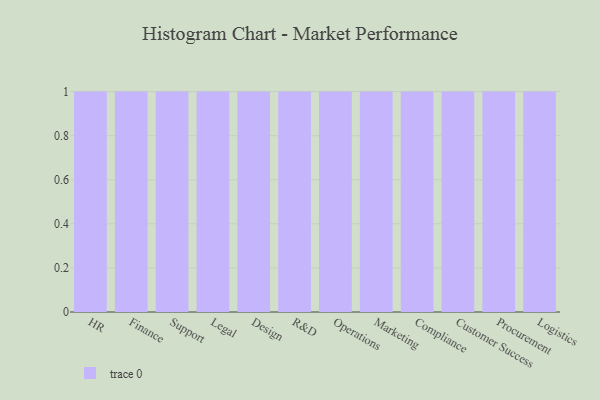
{"axis": {"x": "Department", "y": "Population (Million)"}, "legend": [""], "data": [{"x": "HR", "y": 98, "type": ""}, {"x": "Finance", "y": 48, "type": ""}, {"x": "Support", "y": 7, "type": ""}, {"x": "Legal", "y": 1, "type": ""}, {"x": "Design", "y": 55, "type": ""}, {"x": "R&D", "y": 29, "type": ""}, {"x": "Operations", "y": 51, "type": ""}, {"x": "Marketing", "y": 25, "type": ""}, {"x": "Compliance", "y": 8, "type": ""}, {"x": "Customer Success", "y": 60, "type": ""}, {"x": "Procurement", "y": 49, "type": ""}, {"x": "Logistics", "y": 24, "type": ""}]}